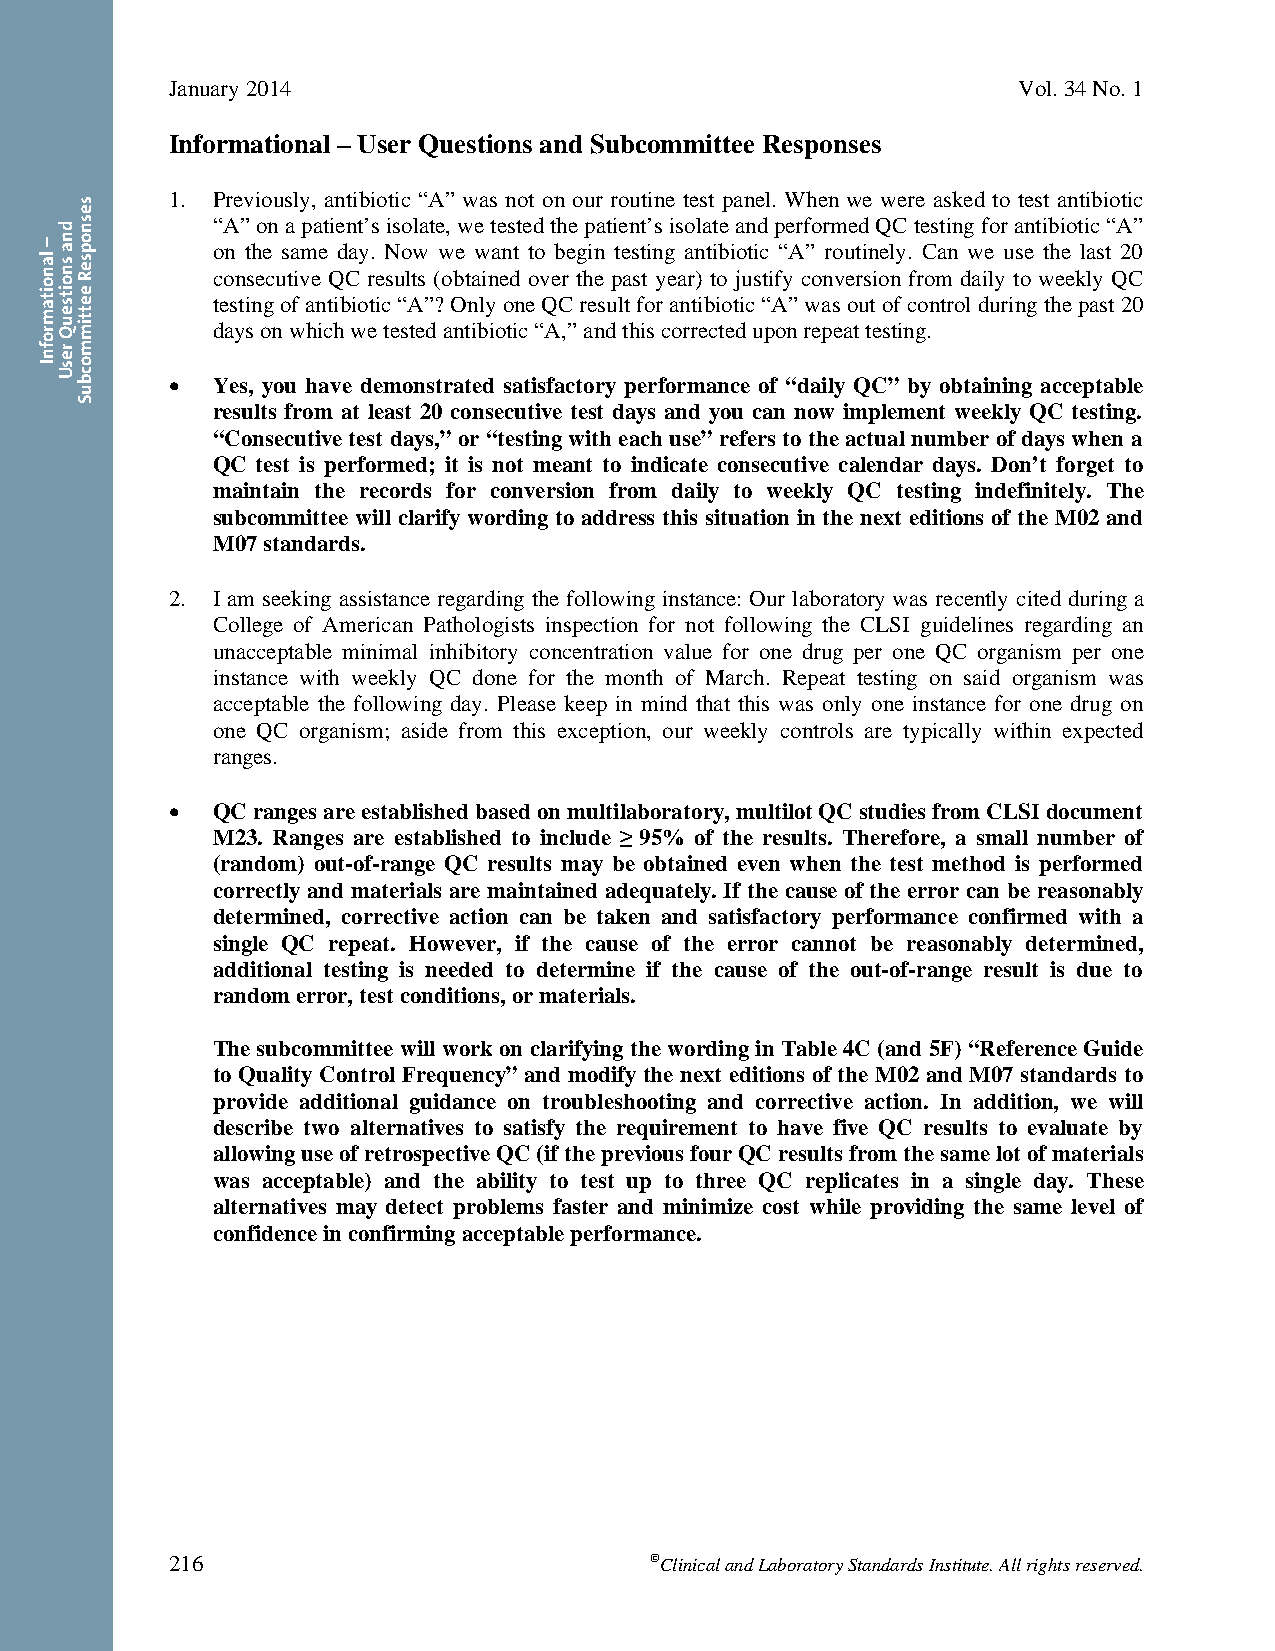
January 2014                                            Vol. 34 No. 1
 Informational – User Questions and Subcommittee Responses
 1. Previously, antibiotic “A” was not on our routine test panel. When we were asked to test antibiotic
 “A” on a patient’s isolate, we tested the patient’s isolate and performed QC testing for antibiotic “A”
 on the same day. Now we want to begin testing antibiotic “A” routinely. Can we use the last 20
 consecutive QC results (obtained over the past year) to justify conversion from daily to weekly QC
 testing of antibiotic “A”? Only one QC result for antibiotic “A” was out of control during the past 20
 days on which we tested antibiotic “A,” and this corrected upon repeat testing.
   Yes, you have demonstrated satisfactory performance of “daily QC” by obtaining acceptable
 results from at least 20 consecutive test days and you can now implement weekly QC testing.
 “Consecutive test days,” or “testing with each use” refers to the actual number of days when a
 QC test is performed; it is not meant to indicate consecutive calendar days. Don’t forget to
 maintain the records for conversion from daily to weekly QC testing indefinitely. The
 subcommittee will clarify wording to address this situation in the next editions of the M02 and
 M07 standards.
 2. I am seeking assistance regarding the following instance: Our laboratory was recently cited during a
 College of American Pathologists inspection for not following the CLSI guidelines regarding an
 unacceptable minimal inhibitory concentration value for one drug per one QC organism per one
 instance with weekly QC done for the month of March. Repeat testing on said organism was
 acceptable the following day. Please keep in mind that this was only one instance for one drug on
 one QC organism; aside from this exception, our weekly controls are typically within expected
 ranges.
   QC ranges are established based on multilaboratory, multilot QC studies from CLSI document
 M23. Ranges are established to include ≥ 95% of the results. Therefore, a small number of
 (random) out-of-range QC results may be obtained even when the test method is performed
 correctly and materials are maintained adequately. If the cause of the error can be reasonably
 determined, corrective action can be taken and satisfactory performance confirmed with a
 single QC repeat. However, if the cause of the error cannot be reasonably determined,
 additional testing is needed to determine if the cause of the out-of-range result is due to
 random error, test conditions, or materials.
 The subcommittee will work on clarifying the wording in Table 4C (and 5F) “Reference Guide
 to Quality Control Frequency” and modify the next editions of the M02 and M07 standards to
 provide additional guidance on troubleshooting and corrective action. In addition, we will
 describe two alternatives to satisfy the requirement to have five QC results to evaluate by
 allowing use of retrospective QC (if the previous four QC results from the same lot of materials
 was acceptable) and the ability to test up to three QC replicates in a single day. These
 alternatives may detect problems faster and minimize cost while providing the same level of
 confidence in confirming acceptable performance.
 216                             Clinical and Laboratory Standards Institute. All rights reserved.
 Thisdocumentisprotectedbycopyright.
 PublishedOn1/1/2014.
 –
 lanoitamrofnI
 dna
 snoitseuQ
 resU
 sesnopseR
 eettimmocbuS